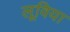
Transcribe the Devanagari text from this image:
लूविया